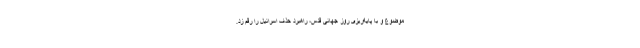
موضوع و با پایه‌ریزی روز جهانی قدس، راهبرد حذف اسرائیل را رقم زد.